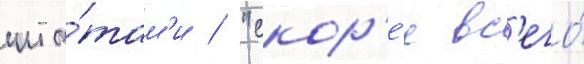
шта́там'и / "скор'е́е вс'его́